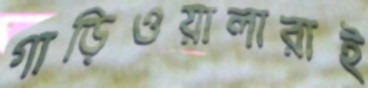
গাড়িওয়ালারাই